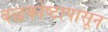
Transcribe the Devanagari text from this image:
बद्धकोष्टापासून